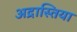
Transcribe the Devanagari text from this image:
अद्रास्तिया